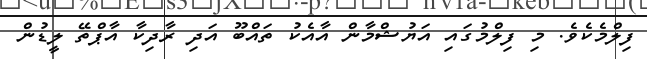
ފިލްމެކެވެ. މި ފިލްމުގައި އަޔުޝްމާން އާއެކު ތައްބޫ އަދި ރާދިކާ އާޕްތޭ ލީޑުން